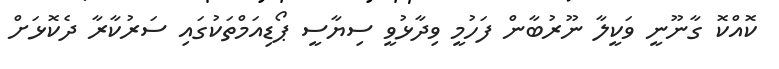
ކޮއްކޮ ގާނޫނީ ވަކީލާ ނޫރުބާން ފަހުމީ ވިދާޅުވީ ސިޔާސީ ޕޯޑިއަމްތަކުގައި ސަރުކާރާ ދެކޮޅަށް